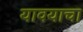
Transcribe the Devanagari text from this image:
यावयाचा